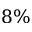
8 \%